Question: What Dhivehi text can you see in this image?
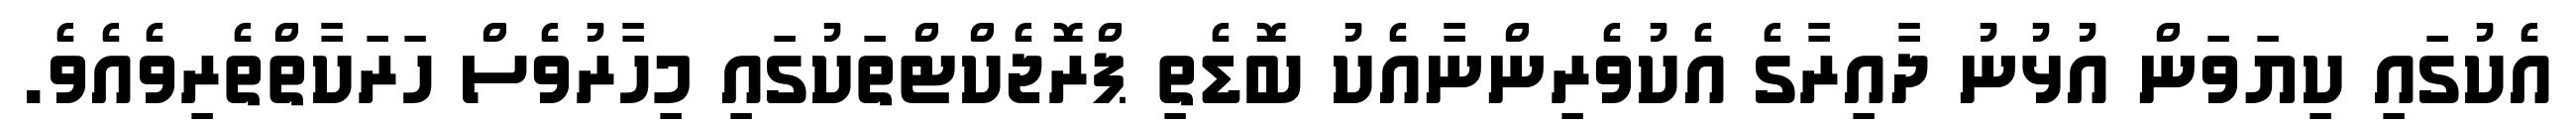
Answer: އެކުގައި ކިޔަވަން އުޅުނު ދާއިރާގެ އެކުވެރިންނާއެކު ބޮޑެތި ޕްރޮޖެކްޓްތަކުގައި މިހާރުވެސް ހަރަކާތްތެރިވެއެވެ.